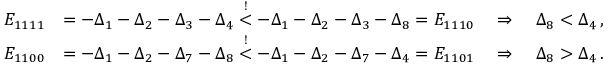
\begin{array} { r l } { E _ { 1 1 1 1 } } & { = - \Delta _ { 1 } - \Delta _ { 2 } - \Delta _ { 3 } - \Delta _ { 4 } \stackrel { ! } { < } - \Delta _ { 1 } - \Delta _ { 2 } - \Delta _ { 3 } - \Delta _ { 8 } = E _ { 1 1 1 0 } \quad \Rightarrow \quad \Delta _ { 8 } < \Delta _ { 4 } \, , } \\ { E _ { 1 1 0 0 } } & { = - \Delta _ { 1 } - \Delta _ { 2 } - \Delta _ { 7 } - \Delta _ { 8 } \stackrel { ! } { < } - \Delta _ { 1 } - \Delta _ { 2 } - \Delta _ { 7 } - \Delta _ { 4 } = E _ { 1 1 0 1 } \quad \Rightarrow \quad \Delta _ { 8 } > \Delta _ { 4 } \, . } \end{array}